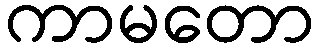
ကာမတော